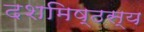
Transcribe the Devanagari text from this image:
दशमिष्ठस्य